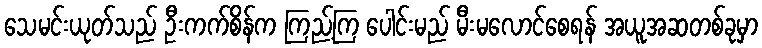
သေမင်းယုတ်သည် ဦးကက်စိန်က ကြည့်ကြ ပေါင်းမည် မီးမလောင်စေရန် အယူအဆတစ်ခုမှာ